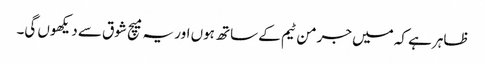
ظاہر ہے کہ میں جرمن ٹیم کے ساتھ ہوں اور یہ میچ شوق سے دیکھوں گی۔